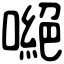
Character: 𠾼